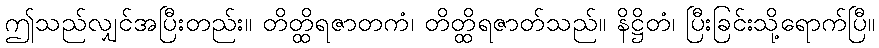
ဤသည်လျှင်အပြီးတည်း။ တိတ္ထိရဇာတကံ၊ တိတ္ထိရဇာတ်သည်။ နိဋ္ဌိတံ၊ ပြီးခြင်းသို့ရောက်ပြီ။